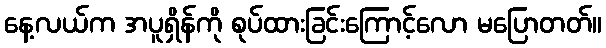
နေ့လယ်က အပူရှိန်ကို စုပ်ထားခြင်းကြောင့်လော မပြောတတ်။